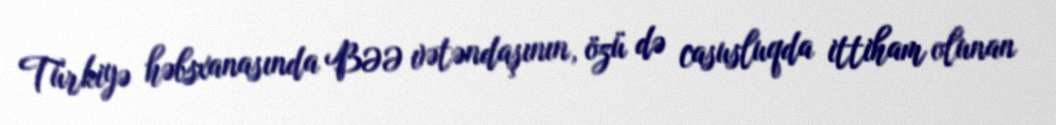
Türkiyə həbsxanasında BƏƏ vətəndaşının, özü də casusluqda ittiham olunan